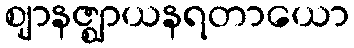
ဈာနဇ္ဈာယနရတာယော